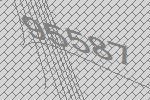
95587